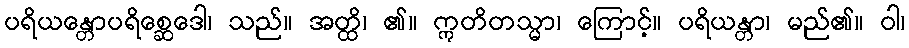
ပရိယန္တောပရိစ္ဆေဒေါ၊ သည်။ အတ္ထိ၊ ၏။ ဣတိတသ္မာ၊ ကြောင့်။ ပရိယန္တာ၊ မည်၏။ ဝါ၊